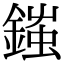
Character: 䥀